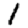
Digit: 1